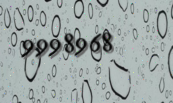
9998968